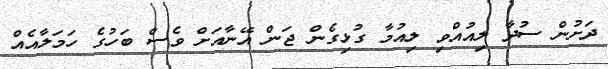
ދަށުން ސުދާ ލިއުއްވި ލިއުމާ ގުޅިގެން ޖަން އޭނާއަށް ވެސް ބަހުގެ ހަމަލާއެއް